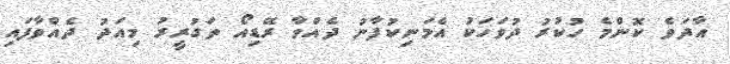
އާދަވެ ކޮންމެ ހުކުރު ދުވަހަކު އެމަނިކުފާނު ދެއްވާ ރޭޑިއޯ ތަގުރީރު މިއަދު ދެއްވާފައި